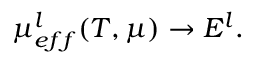
\mu _ { e f f } ^ { l } ( T , \mu ) \to E ^ { l } .